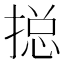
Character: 搃